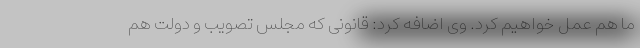
ما هم عمل خواهیم کرد. وی اضافه کرد: قانونی که مجلس تصویب و دولت هم